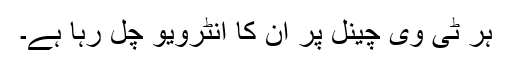
ہر ٹی وی چینل پر ان کا انٹرویو چل رہا ہے۔